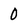
Character: 0